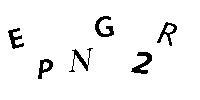
EPNG2R